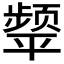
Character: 𮸺